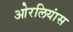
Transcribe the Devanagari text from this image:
ओरलियांस